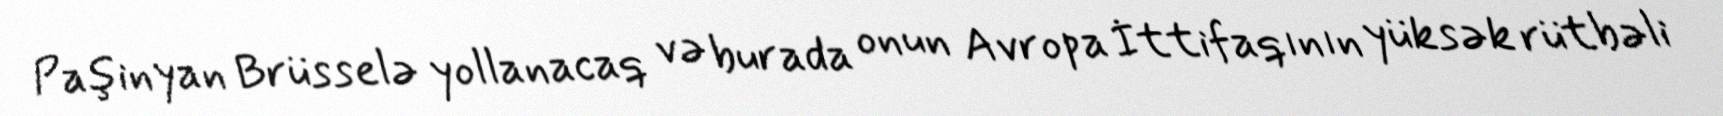
Paşinyan Brüsselə yollanacaq və burada onun Avropa İttifaqının yüksək rütbəli